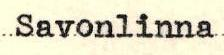
Savonlinna